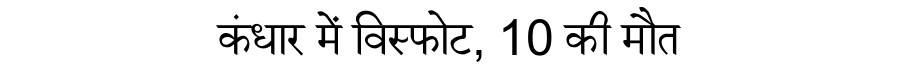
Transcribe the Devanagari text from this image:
कंधार में विस्फोट, 10 की मौत